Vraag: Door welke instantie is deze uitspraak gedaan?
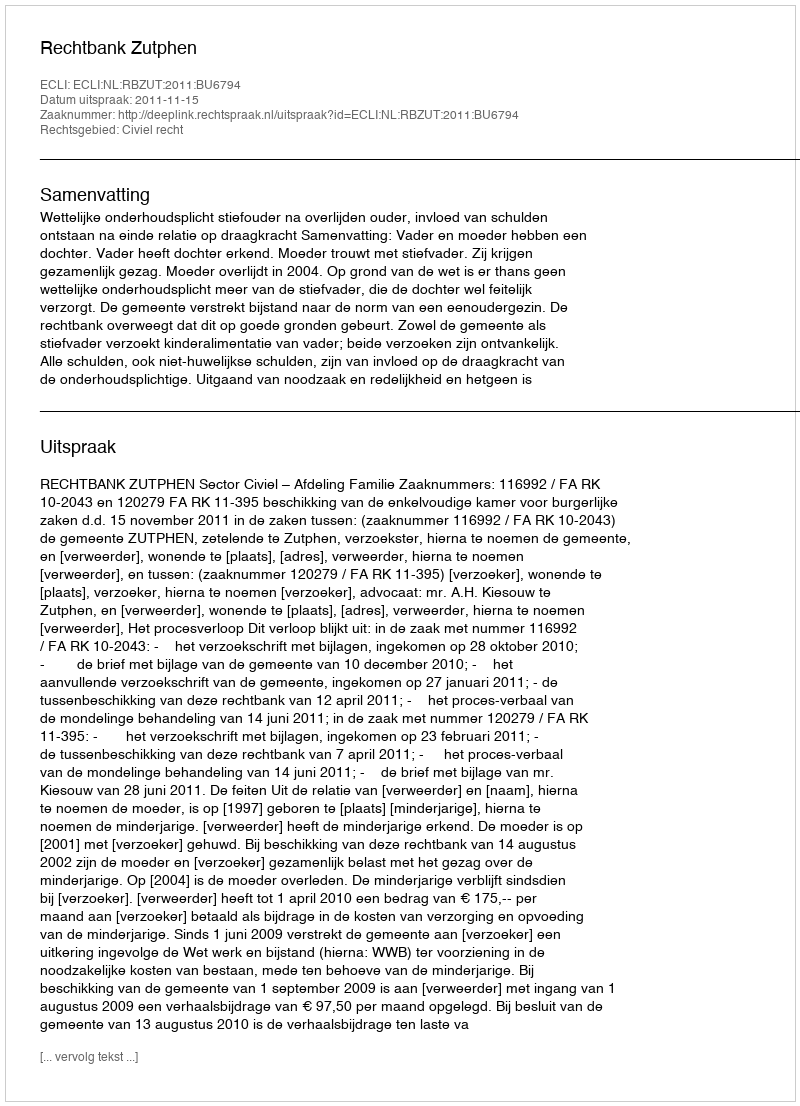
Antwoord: Rechtbank Zutphen